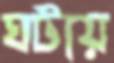
ঘটায়